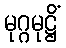
မုဂ္ဂမုဋ္ဌိံ